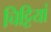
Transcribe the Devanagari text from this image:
चिट्टियां